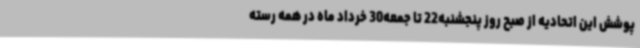
پوشش این اتحادیه از صبح روز پنجشنبه22 تا جمعه30 خرداد ماه در همه رسته